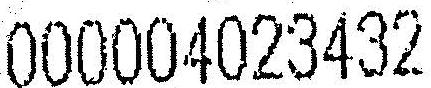
000004023432